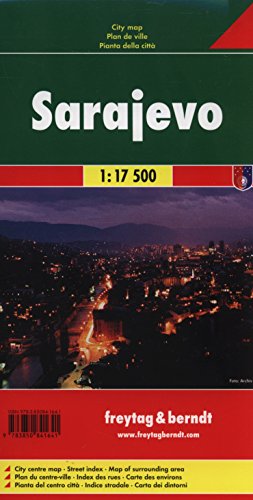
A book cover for Sarajevo Map (City Map) (English, French, Italian and German Edition); Freytag & Berndt; Travel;